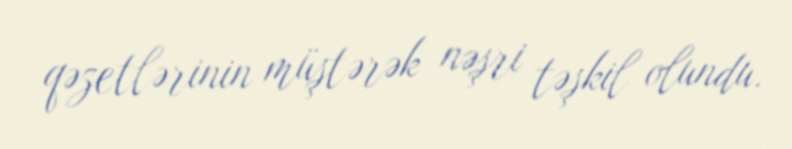
qəzetlərinin müştərək nəşri təşkil olundu.